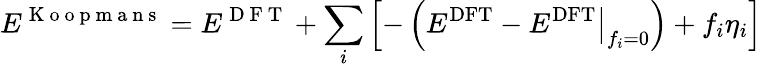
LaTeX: E^{\mathrm{~K~o~o~p~m~a~n~s~}}={E^{\mathrm{~D~F~T~}}}+\sum_{i}\left[-\left(E^{\mathrm{DFT}}-\left.E^{\mathrm{DFT}}\right|_{f_{i}=0}\right)+f_{i}\eta_{i}\right]